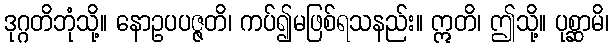
ဒုဂ္ဂတိဘုံသို့။ နောဥပပဇ္ဇတိ၊ ကပ်၍မဖြစ်ရသနည်း။ ဣတိ၊ ဤသို့။ ပုစ္ဆာမိ၊